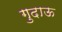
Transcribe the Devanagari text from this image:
गुदाऊ